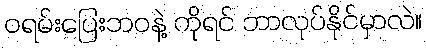
ဝရမ်းပြေးဘဝနဲ့ ကိုရင် ဘာလုပ်နိုင်မှာလဲ။